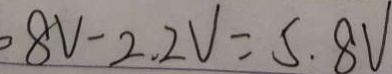
8 V - 2 . 2 V = 5 . 8 V